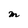
Character: m